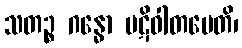
သတဉ္စ ဂန္ဓော ပဋိဝါတမေတိ၊